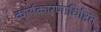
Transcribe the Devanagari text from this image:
कार्यकारणाधिष्ठित